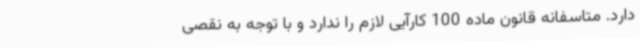
دارد. متاسفانه قانون ماده 100 کارآیی لازم را ندارد و با توجه به نقصی